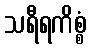
သရီရကိစ္စံ